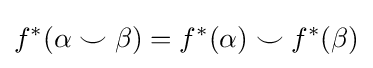
f^{*}(\alpha \smile \beta )=f^{*}(\alpha )\smile f^{*}(\beta )